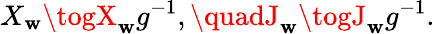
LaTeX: X_{\mathbf{w}}\togX_{\mathbf{w}}g^{-1},\quadJ_{\mathbf{w}}\togJ_{\mathbf{w}}g^{-1}.